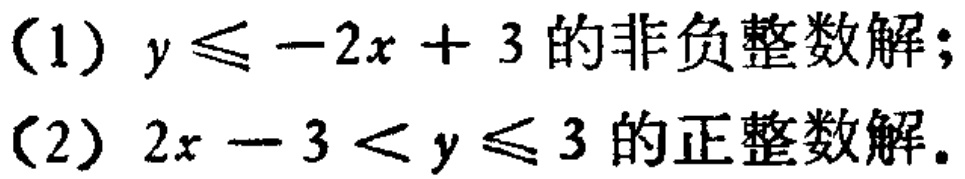
(1) \(y\leqslant -2x + 3\)的非负整数解;
(2) \(2x - 3 < y\leqslant 3\)的正整数解.